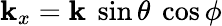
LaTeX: \mathbf{k}_{x}=\mathbf{k}~\sin\theta~\cos\phi